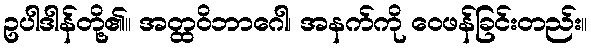
ဥပါဒါန်တို့၏။ အတ္ထဝိဘာဂေါ၊ အနက်ကို ဝေဖန်ခြင်းတည်း။